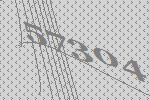
57304